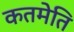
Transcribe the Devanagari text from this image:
कतमेति